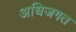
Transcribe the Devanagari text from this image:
अधिजगत